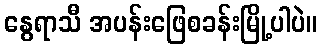
နွေရာသီ အပန်းဖြေစခန်းမြို့ပါပဲ။